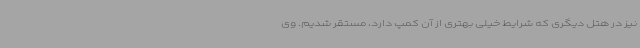
نیز در هتل دیگری که شرایط خیلی بهتری از آن کمپ دارد، مستقر شدیم. وی